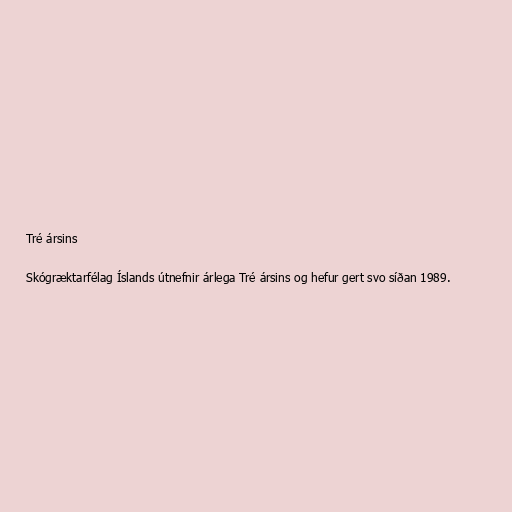
Tré ársins

Skógræktarfélag Íslands útnefnir árlega Tré ársins og hefur gert svo síðan 1989.